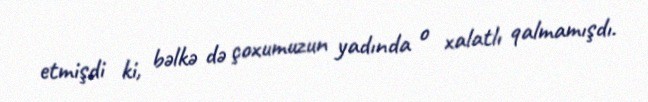
etmişdi ki, bəlkə də çoxumuzun yadında o xalatlı qalmamışdı.